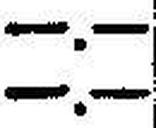
—.—